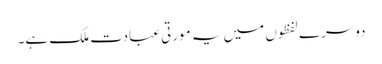
دوسرے لفظوں میں یہ مورتی عبادت ملک ہے۔